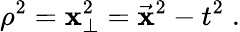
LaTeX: \rho^{2}=\mathbf{x}_{\perp}^{2}=\vec{{\mathbf{x}}}^{2}-t^{2}\; .